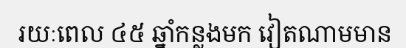
រយៈពេល ៤៥ ឆ្នាំកន្លងមក វៀតណាមមាន